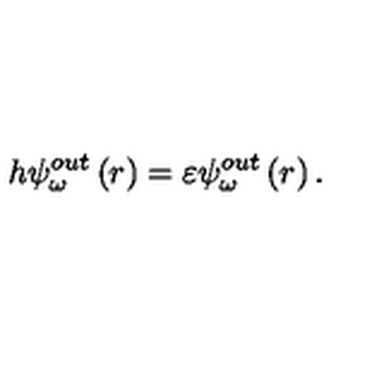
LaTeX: h \psi _ { \omega } ^ { o u t } \left( r \right) = \varepsilon \psi _ { \omega } ^ { o u t } \left( r \right) .